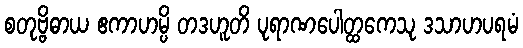
စတုဗ္ဗိဓာယ ဧကာဟမ္ပိ တဒဟူတိ ပုရာဏပေါတ္ထကေသု ဒသာဟပရမံ